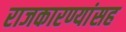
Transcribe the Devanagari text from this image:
राजकारण्यांसह